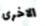
الاخرى